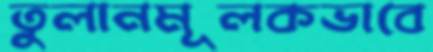
তুলানমূলকভাবে